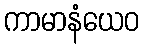
ကာမာနံယေဝ